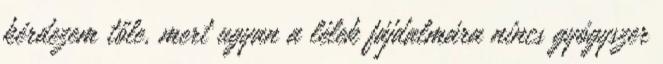
kérdezem tőle, mert ugyan a lélek fájdalmára nincs gyógyszer